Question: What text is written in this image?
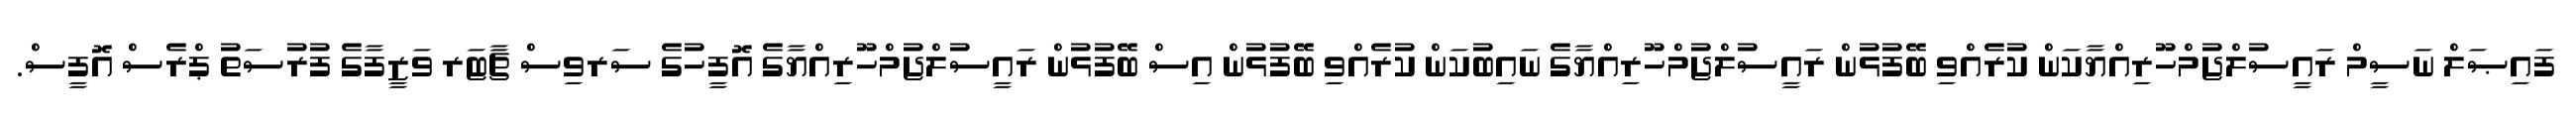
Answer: ފައިޞަލް ނަސީމް ރައީސުލްޖުމްހޫރިއްޔާކަން ކުރެއްވި ބޭފުޅުން ރައީސުލްޖުމްހޫރިއްޔާގެ ނައިބުކަން ކުރެއްވި ބޭފުޅުން އިސް ބޭފުޅުން ރައީސުލްޖުމްހޫރިއްޔާގެ އޮފީހުގެ ސަރވިސް ޗާޓަރ ވަޒީފާގެ ފުރުސަތު ޕްރެސް އޮފީސް.